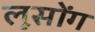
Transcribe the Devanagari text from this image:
लूसोंग